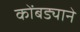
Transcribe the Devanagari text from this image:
कोंबड्याने